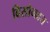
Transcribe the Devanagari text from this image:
बिसोनदत्त